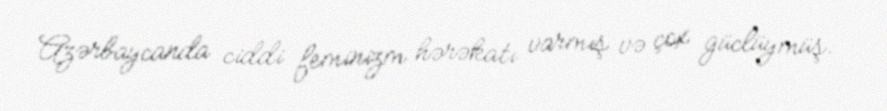
Azərbaycanda ciddi feminizm hərəkatı varmış və çox güclüymüş.